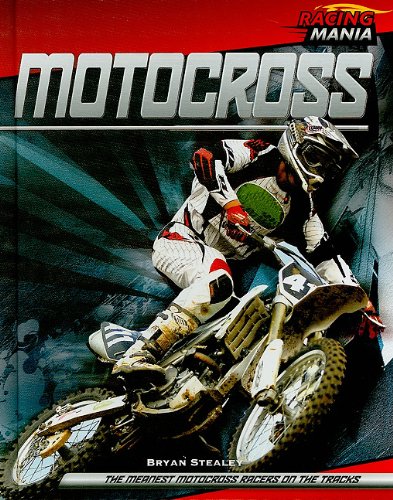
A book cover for Motocross (Racing Mania); Bryan Stealey; Children's Books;